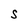
Character: S